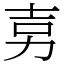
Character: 㔛